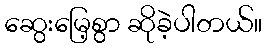
ဆွေးမြေ့စွာ ဆိုခဲ့ပါတယ်။